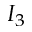
I _ { 3 }